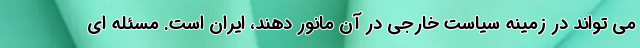
می تواند در زمینه سیاست خارجی در آن مانور دهند، ایران است. مسئله ای